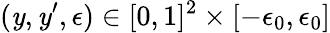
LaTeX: (\mathit{y},\mathit{y}^{\prime},\epsilon)\in[0,1]^{2}\times[-\epsilon_{0},\epsilon_{0}]